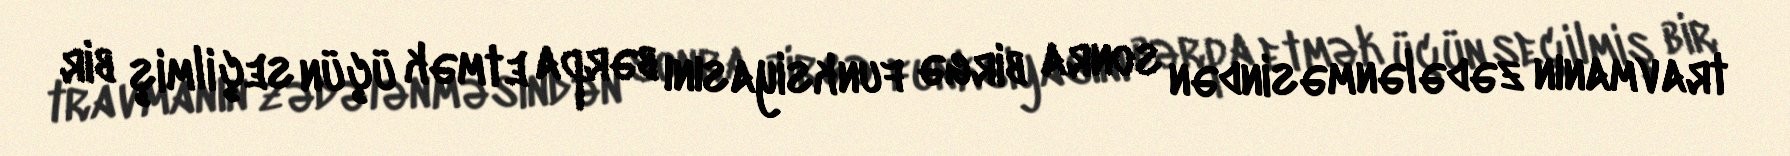
travmanın zədələnməsindən sonra birgə funksiyasını bərpa etmək üçün seçilmiş bir